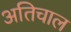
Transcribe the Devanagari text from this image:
अतिचाल